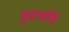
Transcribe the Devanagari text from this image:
पुढार्यांनी